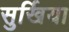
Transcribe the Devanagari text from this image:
सुर्खिया